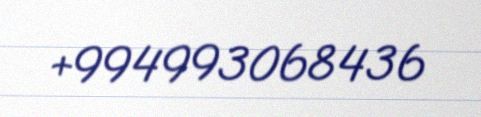
+994993068436